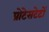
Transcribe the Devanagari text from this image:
प्रोटेसटेटों